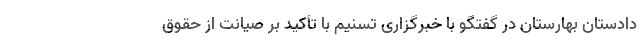
دادستان بهارستان در گفتگو با خبرگزاری تسنیم با تأکید بر صیانت از حقوق